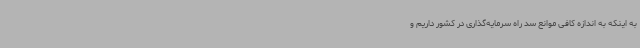
به اینکه به اندازه کافی موانع سد راه سرمایه‌گذاری در کشور داریم و